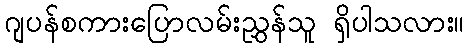
ဂျပန်စကားပြောလမ်းညွှန်သူ ရှိပါသလား။